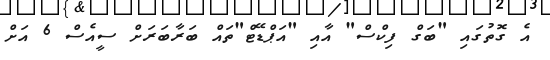
އެ ގޮތުގައި "ބަގް ފިކްސް" އާއި "އަޕްޑޭޓް"ތައް ބަރާބަރަށް ސީއެސް 6 އަށް